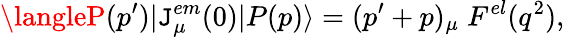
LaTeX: \langleP(p^{\prime})|\mathtt{J}_{\mu}^{em}(0)|P(p)\rangle=(p^{\prime}+p)_{\mu}\; F^{el}(q^{2}),